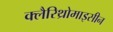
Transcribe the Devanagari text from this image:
क्लैरिथ्रोमाइसीन